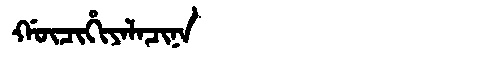
Manchu: ᡤᡡᠴᡳᡥᡳᠶᠠᠯᠠᠴᡳᠨᠠ
Romanization: GŪCIHIYALACINA